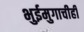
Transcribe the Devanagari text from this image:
भुईमुगाचीही